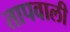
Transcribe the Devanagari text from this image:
तापवाली